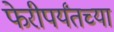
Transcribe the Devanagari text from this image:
फेरीपर्यंतच्या